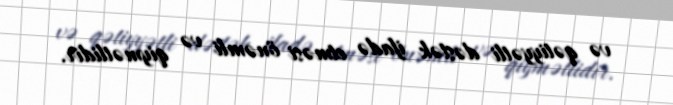
və qətiyyətli dəstək ifadə etməsi önəmli və qiymətlidir.